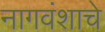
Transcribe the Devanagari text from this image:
नागवंशाचे